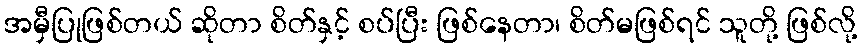
အမှီပြုဖြစ်တယ် ဆိုတာ စိတ်နှင့် စပ်ပြီး ဖြစ်နေတာ၊ စိတ်မဖြစ်ရင် သူတို့ ဖြစ်လို့